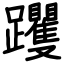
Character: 躩